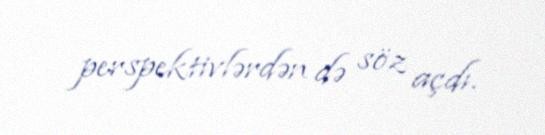
perspektivlərdən də söz açdı.